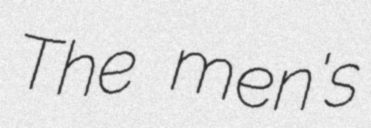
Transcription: The men's